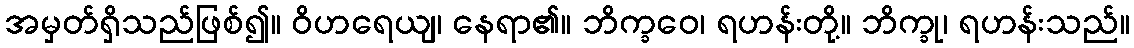
အမှတ်ရှိသည်ဖြစ်၍။ ဝိဟရေယျ၊ နေရာ၏။ ဘိက္ခဝေ၊ ရဟန်းတို့။ ဘိက္ခု၊ ရဟန်းသည်။